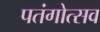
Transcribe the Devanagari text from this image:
पतंगोत्सव